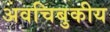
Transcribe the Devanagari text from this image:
अवचिबुकीय